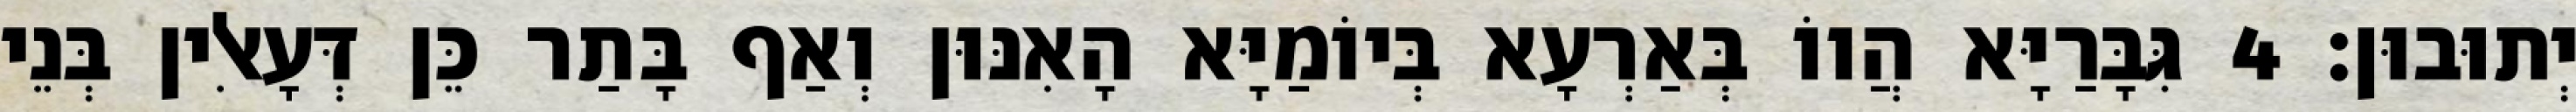
יְתוּבוּן׃ 4 גִּבָּרַיָּא הֲווֹ בְּאַרְעָא בְּיוֹמַיָּא הָאִנּוּן וְאַף בָּתַר כֵּן דְּעָאלִין בְּנֵי